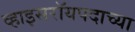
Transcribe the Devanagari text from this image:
व्हाइसरॉयपदाच्या